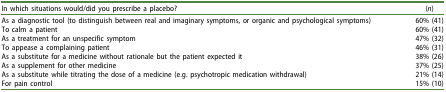
<table><thead><tr><td><b>In which situations would/did you prescribe a placebo?</b></td><td><b>(<i>n</i>)</b></td></tr></thead><tbody><tr><td>As a diagnostic tool (to distinguish between real and imaginary symptoms, or organic and psychological symptoms)</td><td>60% (41)</td></tr><tr><td>To calm a patient</td><td>60% (41)</td></tr><tr><td>As a treatment for an unspecific symptom</td><td>47% (32)</td></tr><tr><td>To appease a complaining patient</td><td>46% (31)</td></tr><tr><td>As a substitute for a medicine without rationale but the patient expected it</td><td>38% (26)</td></tr><tr><td>As a supplement for other medicine</td><td>37% (25)</td></tr><tr><td>As a substitute while titrating the dose of a medicine (e.g. psychotropic medication withdrawal)</td><td>21% (14)</td></tr><tr><td>For pain control</td><td>15% (10)</td></tr></tbody></table>